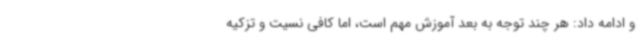
و ادامه داد: هر چند توجه به بعد آموزش مهم است، اما کافی نسیت و تزکیه